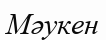
Мәукен